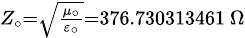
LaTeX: \scriptstyle{Z_{\circ}={\sqrt{\frac{\mu_{\circ}}{\varepsilon_{\circ}}}}=376.730313461\ \Omega}